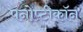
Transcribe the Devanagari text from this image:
पनोप्टीकॉन